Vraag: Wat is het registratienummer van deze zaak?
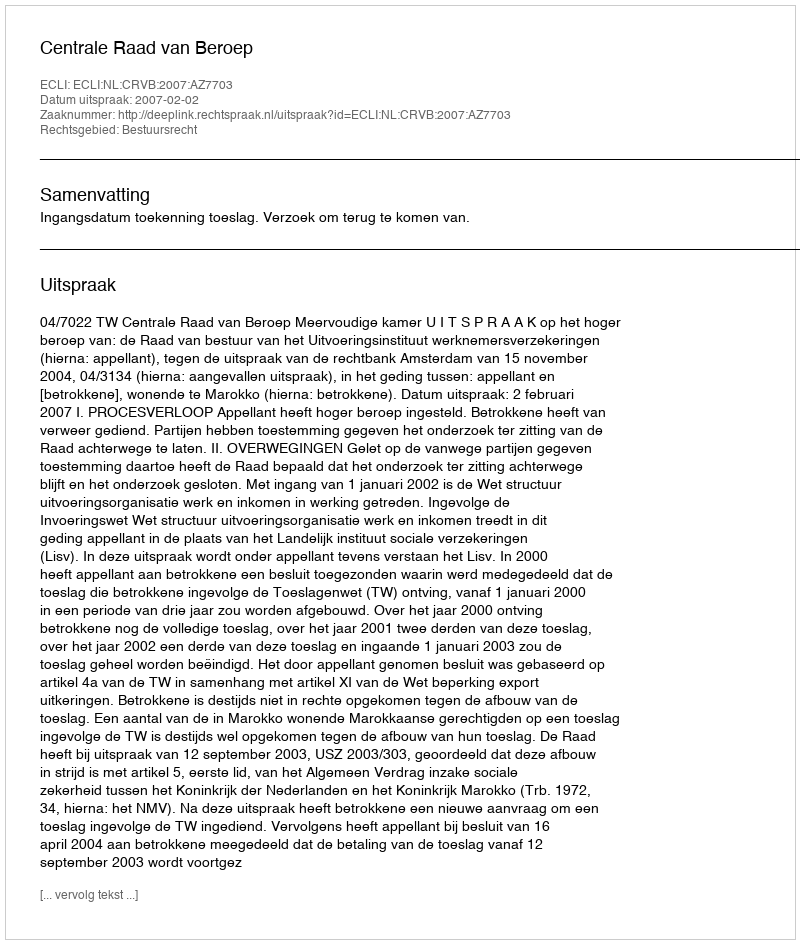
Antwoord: http://deeplink.rechtspraak.nl/uitspraak?id=ECLI:NL:CRVB:2007:AZ7703